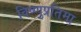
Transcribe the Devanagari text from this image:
विष्णुप्रतिमा